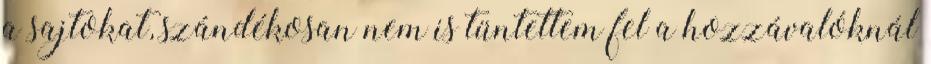
a sajtokat, szándékosan nem is tüntettem fel a hozzávalóknál